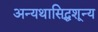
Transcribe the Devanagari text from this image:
अन्यथासिद्धशून्य